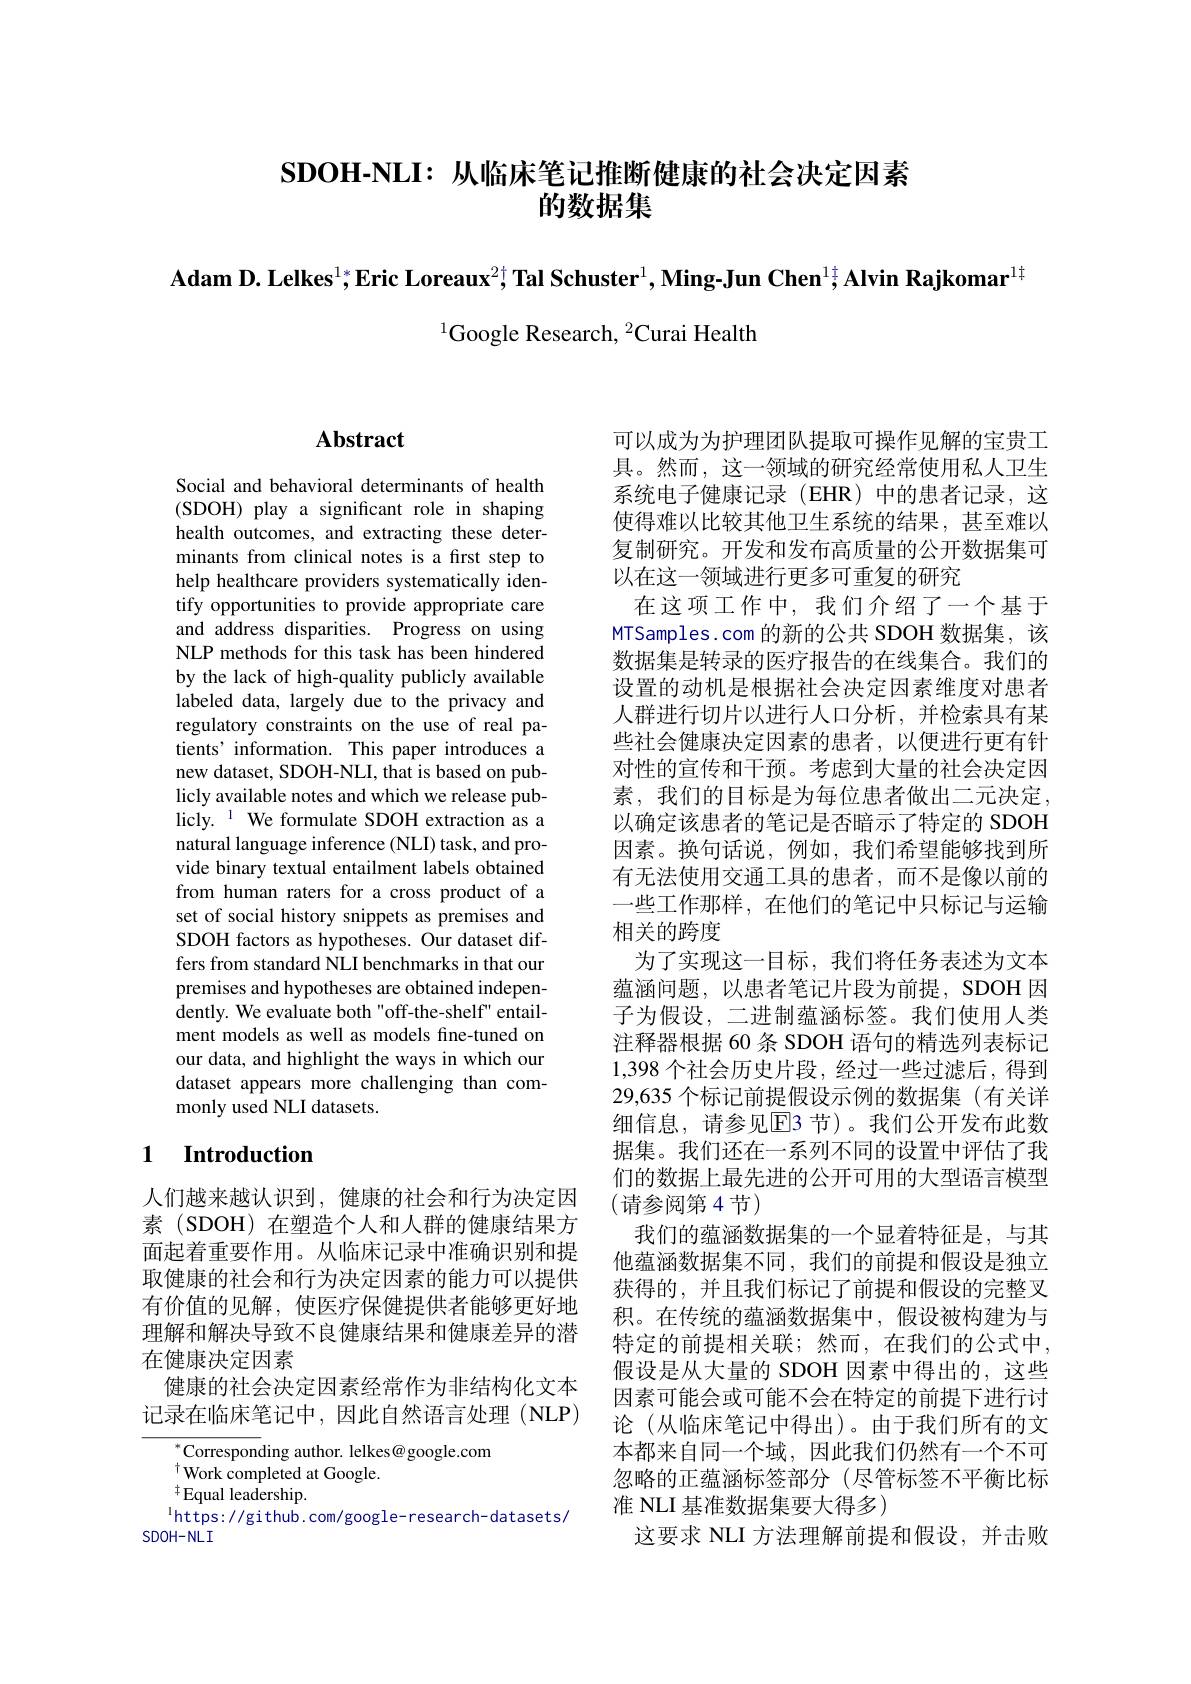
$\mathbf{SDOH-NLI:}$从临床笔记推断健康的社会决定因素
的数据集

Adam D. Lelkes$^{1*}$;Eric Loreaux$^{2+}$; Tal Schuster$^1,\textbf{Ming-JunChen}^{1\dagger}$; Alvin Rajkomar$^{1\dagger}$

$^{1}$Google Research, $^2$Curai Health

# Abstract

Social and behavioral determinants of health (SDOH) play a significant role in shaping health outcomes, and extracting these determinants from clinical notes is a first step to help healthcare providers systematically identify opportunities to provide appropriate care and address disparities. Progress on using NLP methods for this task has been hindered by the lack of high-quality publicly available labeled data, largely due to the privacy and regulatory constraints on the use of real patients' information. This paper introduces a new dataset, SDOH-NLI, that is based on publicly available notes and which we release publicly. $^{1}$ We formulate SDOH extraction as a natural language inference (NLI) task, and provide binary textual entailment labels obtained from human raters for a cross product of a set of social history snippets as premises and SDOH factors as hypotheses. Our dataset differs from standard NLI benchmarks in that our premises and hypotheses are obtained independently. We evaluate both"off-the-shelf' entailment models as well as models fine-tuned on our data, and highlight the ways in which our dataset appears more challenging than commonly used NLI datasets.

### 1 $\textbf{Introduction}$

人们越来越认识到，健康的社会和行为决定因素 (SDOH) 在塑造个人和人群的健康结果方面起着重要作用。从临床记录中准确识别和提取健康的社会和行为决定因素的能力可以提供有价值的见解，使医疗保健提供者能够更好地理解和解决导致不良健康结果和健康差异的潜在健康决定因素
健康的社会决定因素经常作为非结构化文本记录在临床笔记中，因此自然语言处理(NLP)

$^{*}$Corresponding author. lelkes@google.com
$^{\dagger}$Work completed at Google.
${}^{\dagger}$Equal leadership.
$^{\mathrm{l}}$https://github.com/google-research-datasets/
SDOH-NLI

可以成为为护理团队提取可操作见解的宝贵工具。然而，这一领域的研究经常使用私人卫生系统电子健康记录(EHR)中的患者记录，这使得难以比较其他卫生系统的结果，甚至难以复制研究。开发和发布高质量的公开数据集可以在这一领域进行更多可重复的研究
在这项工作中，我们介绍了一个基于MTSamples.com 的新的公共 SDOH 数据集，该数据集是转录的医疗报告的在线集合。我们的设置的动机是根据社会决定因素维度对患者人群进行切片以进行人口分析，并检索具有某些社会健康决定因素的患者，以便进行更有针对性的宣传和干预。考虑到大量的社会决定因素，我们的目标是为每位患者做出二元决定。以确定该患者的笔记是否暗示了特定的 SDOH 因素。换句话说，例如，我们希望能够找到所有无法使用交通工具的患者，而不是像以前的一些工作那样，在他们的笔记中只标记与运输相关的跨度
为了实现这一目标，我们将任务表述为文本蕴涵问题，以患者笔记片段为前提，SDOH 因子为假设，二进制蕴涵标签。我们使用人类注释器根据 60 条 SDOH 语句的精选列表标记1,398 个社会历史片段，经过一些过滤后，得到29,635 个标记前提假设示例的数据集 (有关详细信息，请参见E3 节)。我们公开发布此数据集。我们还在一系列不同的设置中评估了我们的数据上最先进的公开可用的大型语言模型(请参阅第 4节)
我们的蕴涵数据集的一个显着特征是，与其他蕴涵数据集不同，我们的前提和假设是独立获得的，并且我们标记了前提和假设的完整叉积。在传统的蕴涵数据集中，假设被构建为与特定的前提相关联；然而，在我们的公式中， 假设是从大量的 SDOH 因素中得出的，这些因素可能会或可能不会在特定的前提下进行讨论 (从临床笔记中得出)。由于我们所有的文本都来自同一个域，因此我们仍然有一个不可忽略的正蕴涵标签部分 (尽管标签不平衡比标准 NLI 基准数据集要大得多)
这要求 NLI 方法理解前提和假设，并击败